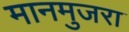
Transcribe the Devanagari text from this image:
मानमुजरा